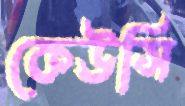
কেউসি